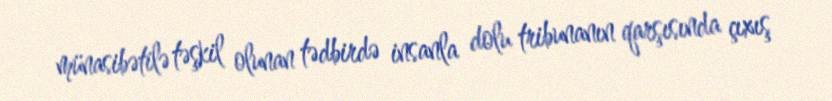
münasibətilə təşkil olunan tədbirdə insanla dolu tribunanın qarşısında çıxış